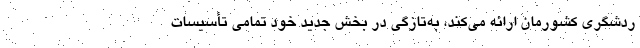
ردشگری کشورمان ارائه می‌کند، به‌تازگی در بخش جدید خود تمامی تأسیسات